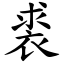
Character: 裘